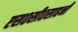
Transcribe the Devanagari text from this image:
एस०सी०साहनी